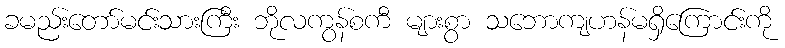
ခမည်းတော်မင်းသားကြီး ဘိုလကွန်စကီ များစွာ သဘောကျဟန်မရှိကြောင်းကို